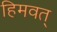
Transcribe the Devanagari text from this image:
हिमवत्